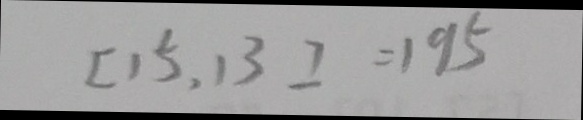
[ 1 5 , 1 3 ] = 1 9 5